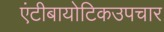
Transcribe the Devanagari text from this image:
एंटीबायोटिकउपचार